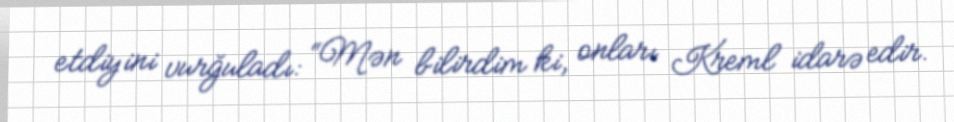
etdiyini vurğuladı: “Mən bilirdim ki, onları Kreml idarə edir.